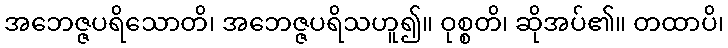
အဘေဇ္ဇပရိသောတိ၊ အဘေဇ္ဇပရိသဟူ၍။ ဝုစ္စတိ၊ ဆိုအပ်၏။ တထာပိ၊